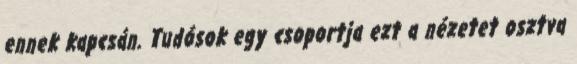
ennek kapcsán. Tudósok egy csoportja ezt a nézetet osztva